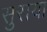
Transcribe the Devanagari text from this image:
सुराया